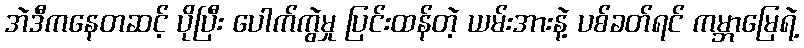
အဲဒီကနေတဆင့် ပိုပြီး ပေါက်ကွဲမှု ပြင်းထန်တဲ့ ယမ်းအားနဲ့ ပစ်ခတ်ရင် ကမ္ဘာမြေရဲ့